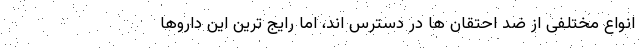
انواع مختلفی از ضد احتقان ها در دسترس اند، اما رایج ترین این داروها